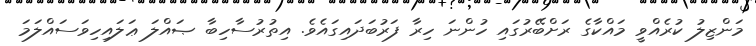
މަންޒިލު ކުރެއްވީ މައްކާގެ ރަށްބޭރުގައި ހުންނަ ހިރާ ފަރުބަދައިގައެވެ. އިތުރުސާހިބާ ޞައްލަ ޢަލައިހިވަސައްލަމަ